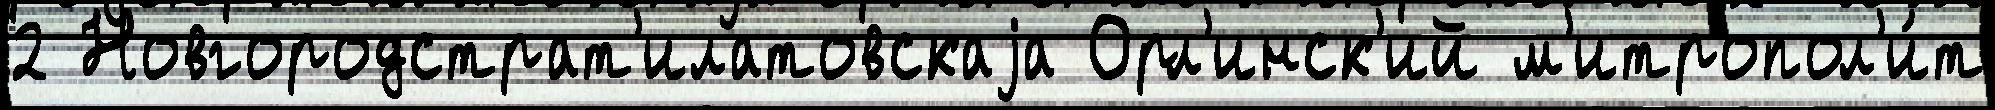
2 Новгородстрат'илатовскаjа Орл'инск'ий м'итропол'и́т